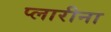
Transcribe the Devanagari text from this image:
प्लारीना